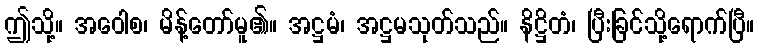
ဤသို့။ အဝေါစ၊ မိန့်တော်မူ၏။ အဋ္ဌမံ၊ အဋ္ဌမသုတ်သည်။ နိဋ္ဌိတံ၊ ပြီးခြင်သို့ရောက်ပြီ။